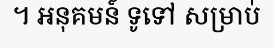
។ អនុគមន៍ ទូទៅ សម្រាប់